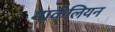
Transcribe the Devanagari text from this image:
मार्कलियन